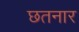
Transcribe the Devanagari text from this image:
छतनार